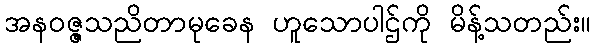
အနဝဇ္ဇသညိတာမုခေန ဟူသောပါဌ်ကို မိန့်သတည်း။